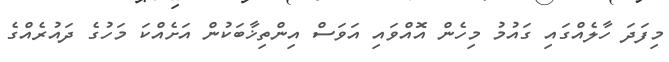
މިފަދަ ހާލެއްގައި ގައުމު މިހެން އޮއްވައި އަވަސް އިންތިޚާބަކުން އަށެއްކަ މަހުގެ ދައުރެއްގެ